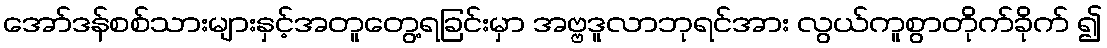
အော်ဒန်စစ်သားများနှင့်အတူတွေ့ရခြင်းမှာ အဗ္ဗဒူလာဘုရင်အား လွယ်ကူစွာတိုက်ခိုက် ၍